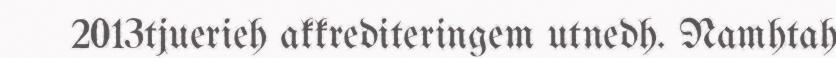
2013tjuerieh akkrediteringem utnedh. Namhtah